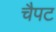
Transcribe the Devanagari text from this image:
चैपट